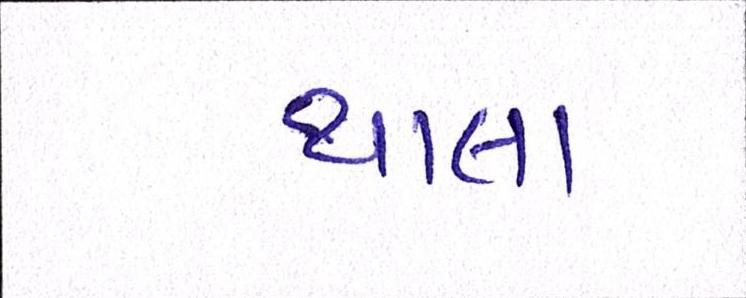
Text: થાલા